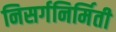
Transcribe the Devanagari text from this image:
निसर्गनिर्मिती